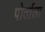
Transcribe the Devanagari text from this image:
पोर्ताला